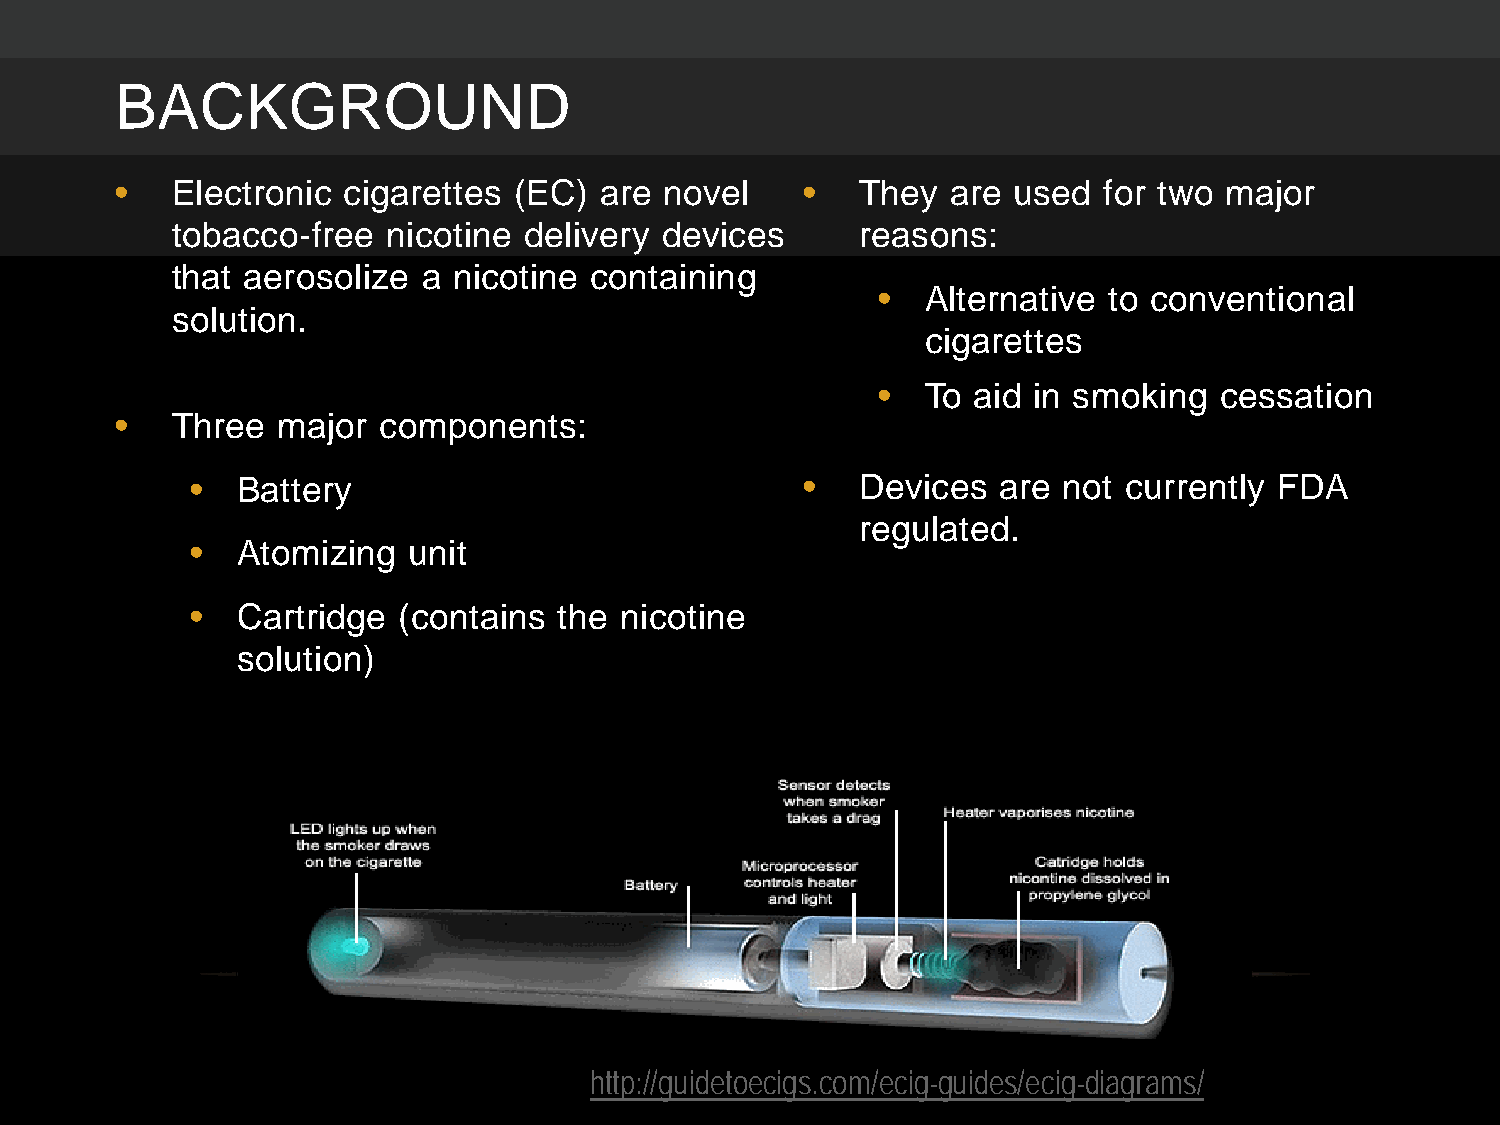
BACKGROUND
 •  Electronic  cigarettes (EC)  are novel    •   They  are used  for two major
 tobacco-free   nicotine delivery devices      reasons:
 that aerosolize  a nicotine containing
 •  Alternative to conventional
 solution.
 cigarettes
 •  To aid in smoking   cessation
 •  Three  major  components:
 •  Battery                              •   Devices  are not currently  FDA
 regulated.
 •  Atomizing  unit
 •  Cartridge (contains  the nicotine
 solution)
 http://guidetoecigs.com/ecig-guides/ecig-diagrams/